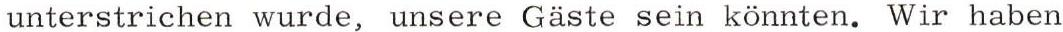
unterstrichen wurde, unsere Gäste sein könnten. Wir haben